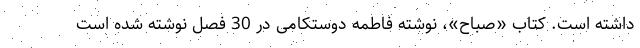
داشته است. کتاب «صباح»، نوشته فاطمه دوستکامی در 30 فصل نوشته شده است